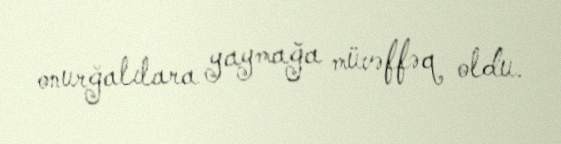
onurğalılara yaymağa müvəffəq oldu.